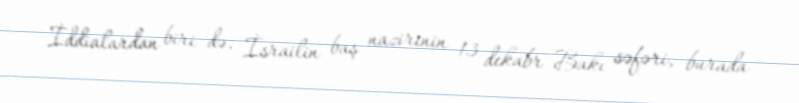
İddialardan biri də, İsrailin baş nazirinin 13 dekabr Bakı səfəri, burada